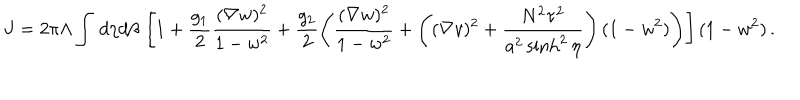
J = 2 \pi \Lambda \int \, d \eta d \beta \, \left[ 1 + \frac { g _ { 1 } } { 2 } \frac { ( \nabla w ) ^ { 2 } } { 1 - w ^ { 2 } } + \frac { g _ { 2 } } { 2 } \left( \frac { ( \nabla w ) ^ { 2 } } { 1 - w ^ { 2 } } + \left( ( \nabla v ) ^ { 2 } + \frac { N ^ { 2 } \tau ^ { 2 } } { a ^ { 2 } \sinh ^ { 2 } \eta } \right) ( 1 - w ^ { 2 } ) \right) \right] ( 1 - w ^ { 2 } ) \, .